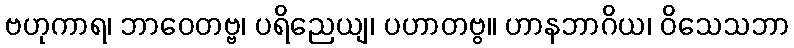
ဗဟုကာရ၊ ဘာဝေတဗ္ဗ၊ ပရိညေယျ၊ ပဟာတဗွ။ ဟာနဘာဂိယ၊ ဝိသေသဘာ